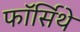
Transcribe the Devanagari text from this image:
फॉर्सिथे